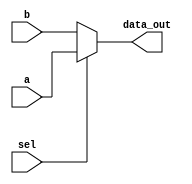
module mux_3
(
    input [63:0] a, b,
    input sel,
    output [63:0] data_out   
);

assign data_out = sel ? a : b;


endmodule //